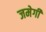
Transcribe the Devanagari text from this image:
जमेगी